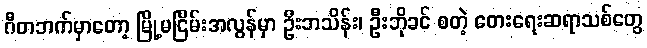
ဂီတဘက်မှာတော့ မြို့မငြိမ်းအလွန်မှာ ဦးဘသိန်း၊ ဦးဘိုခင် စတဲ့ တေးရေးဆရာသစ်တွေ